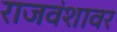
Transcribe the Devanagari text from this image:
राजवंशावर